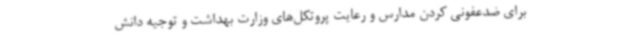
برای ضدعفونی کردن مدارس و رعایت پروتکل‌های وزارت بهداشت و توجیه دانش